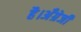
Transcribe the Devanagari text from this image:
है।अँग्रेजी